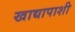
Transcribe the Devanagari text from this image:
खाद्यापाशी